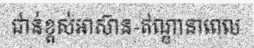
ជាន់ខ្ពស់អាស៊ាន-ឥណ្ឌានាពេល